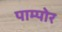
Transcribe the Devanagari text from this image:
पाम्पोर